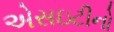
એસઇટીનો